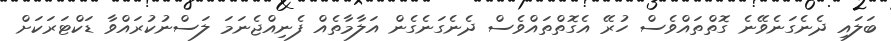
ބަލައި ދެނެގަނެވޭނެ ގޮތްތައްވެސް ހުރޭ އެގޮތްތައްވެސް ދެނެގަނެގެން އަލާމާތެއް ފެނިއްޖެނަމަ ލަސްނުކުރައްވާ ޑަކްޓަރަކަށް